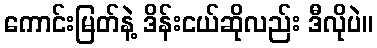
ကောင်းမြတ်နဲ့ ဒိန်းငယ်ဆိုလည်း ဒီလိုပဲ။